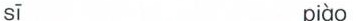
sī piào